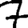
Digit: 7